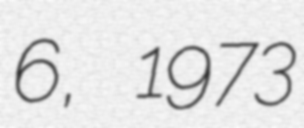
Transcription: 6, 1973